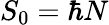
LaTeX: S_{0}=\hbar N